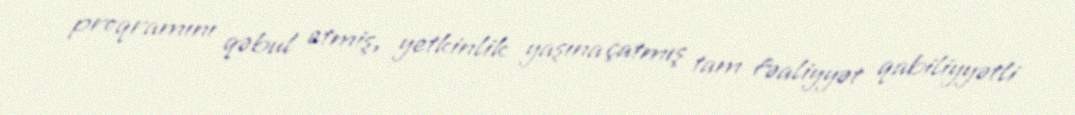
proqramını qəbul etmiş, yetkinlik yaşına çatmış tam fəaliyyət qabiliyyətli